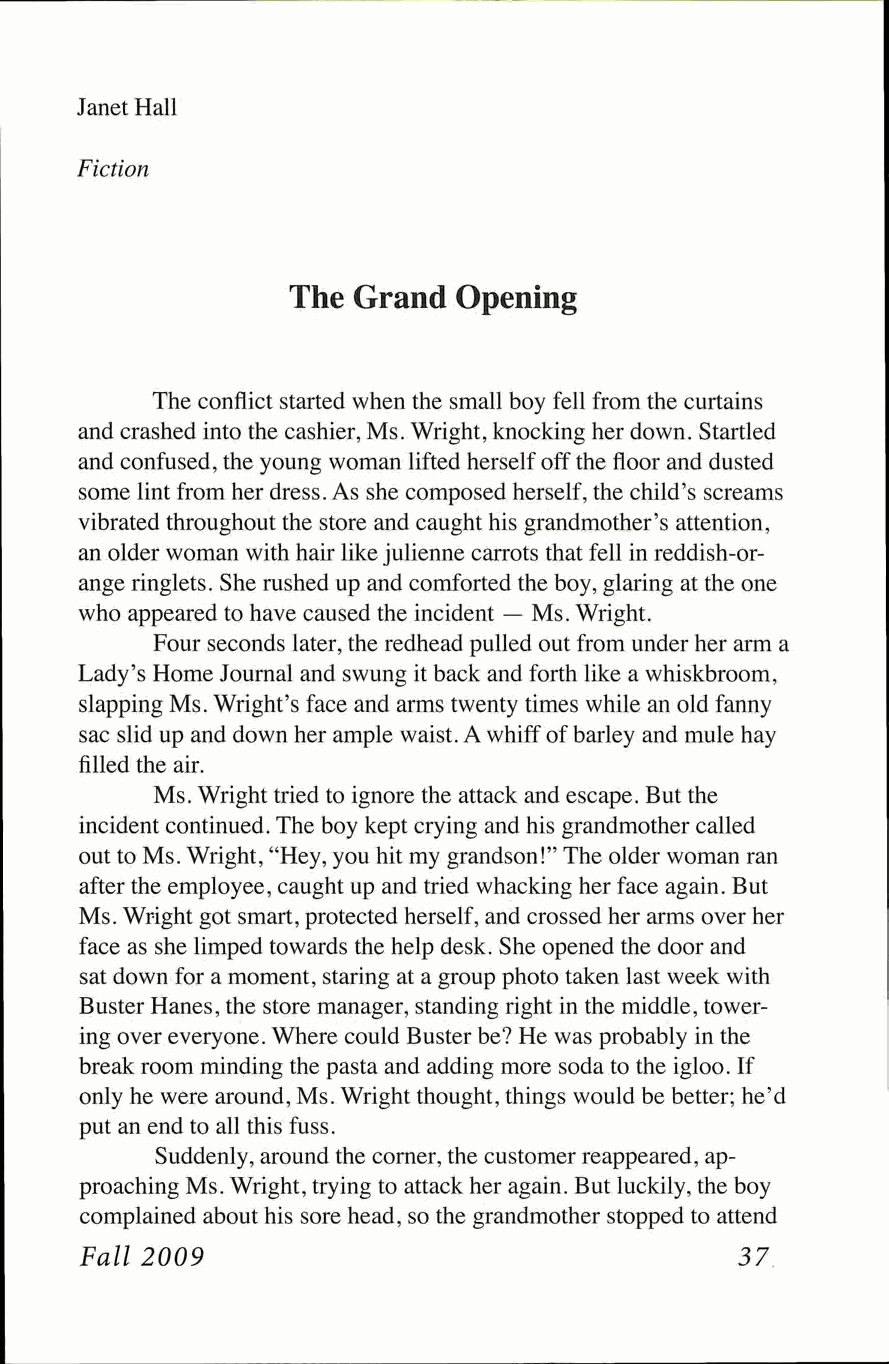
Janet Hall
 Fiction
 The Grand  Opening
 The conflict started when the small boy fell from the curtains
 and crashed into the cashier, Ms. Wright, knocking her down. Startled
 and confused, the young woman lifted herself off the floor and dusted
 some lint from her dress. As she composed herself, the child's screams
 vibrated throughout the store and caught his grandmother's attention,
 an older woman with hair like julienne carrots that fell in reddish-or­
 ange ringlets. She rushed up and comforted the boy, glaring at the one
 who appeared to have caused the incident — Ms. Wright.
 Four seconds later, the redhead pulled out from under her arm a
 Lady's Home Journal and swung it back and forth like a whiskbroom,
 slapping Ms. Wright's face and arms twenty times while an old fanny
 sac slid up and down her ample waist. A whiff of barley and mule hay
 filled the air.
 Ms. Wright tried to ignore the attack and escape. But the
 incident continued. The boy kept crying and his grandmother called
 out to Ms. Wright, "Hey, you hit my grandson!" The older woman ran
 after the employee, caught up and tried whacking her face again. But
 Ms. Wright got smart, protected herself, and crossed her arms over her
 face as she limped towards the help desk. She opened the door and
 sat down for a moment, staring at a group photo taken last week with
 Buster Hanes, the store manager, standing right in the middle, tower­
 ing over everyone. Where could Buster be? He was probably in the
 break room minding the pasta and adding more soda to the igloo. If
 only he were around, Ms. Wright thought, things would be better; he'd
 put an end to all this fuss.
 Suddenly, around the corner, the customer reappeared, ap­
 proaching Ms. Wright, trying to attack her again. But luckily, the boy
 complained about his sore head, so the grandmother stopped to attend
 Fall 2009                                   37